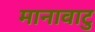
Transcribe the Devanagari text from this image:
मानावाटु